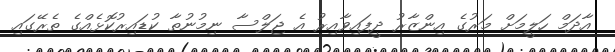
އާދަމް ހަލީމަށް މަރުގެ އިންޒާރު ދީފައިވާއިރު އެ ޖަލްސާ ނިމުނުތާ ކުޑައިރުކޮޅެއްގެ ތެރޭގައި